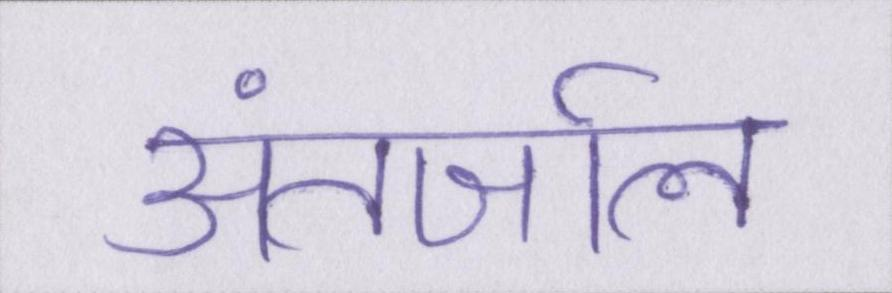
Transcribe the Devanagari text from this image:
अंतर्जाल